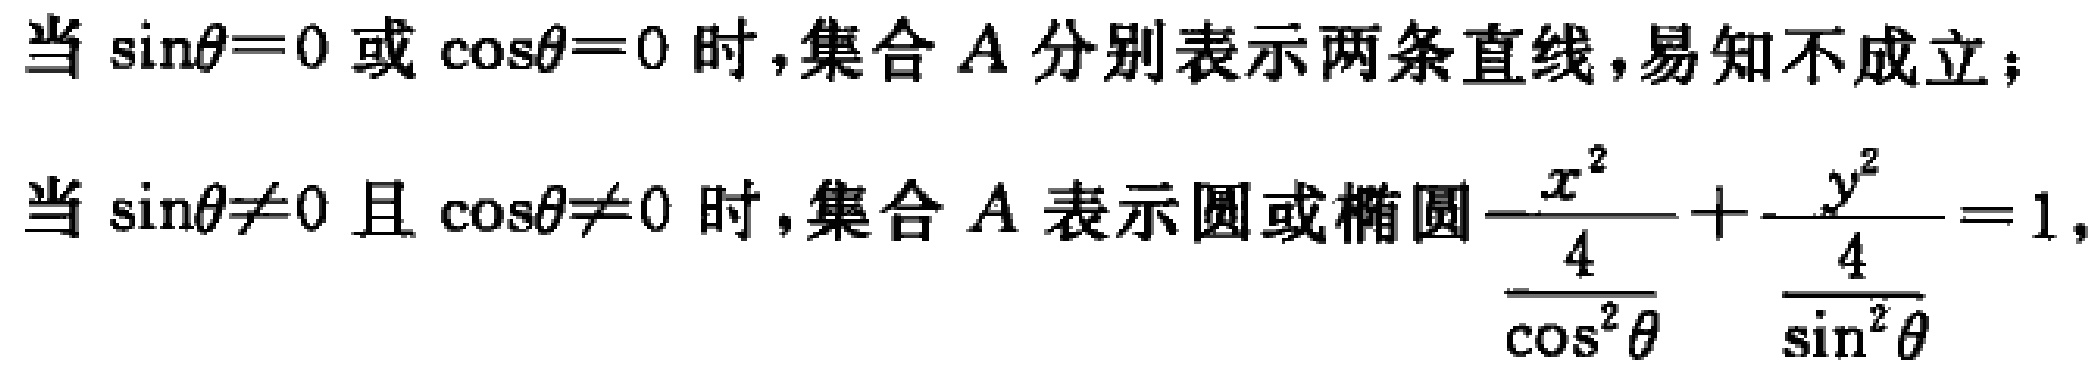
当\(\sin\theta = 0\)或\(\cos\theta = 0\)时,集合\(A\)分别表示两条直线,易知不成立；
当\(\sin\theta\neq 0\)且\(\cos\theta\neq 0\)时,集合\(A\)表示圆或椭圆\(\frac{x^{2}}{\frac{4}{\cos^{2}\theta}}+\frac{y^{2}}{\frac{4}{\sin^{2}\theta}} = 1\)，